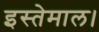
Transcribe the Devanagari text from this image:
इस्तेमाल।